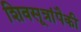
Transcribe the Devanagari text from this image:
शिवसूत्रांपैकी